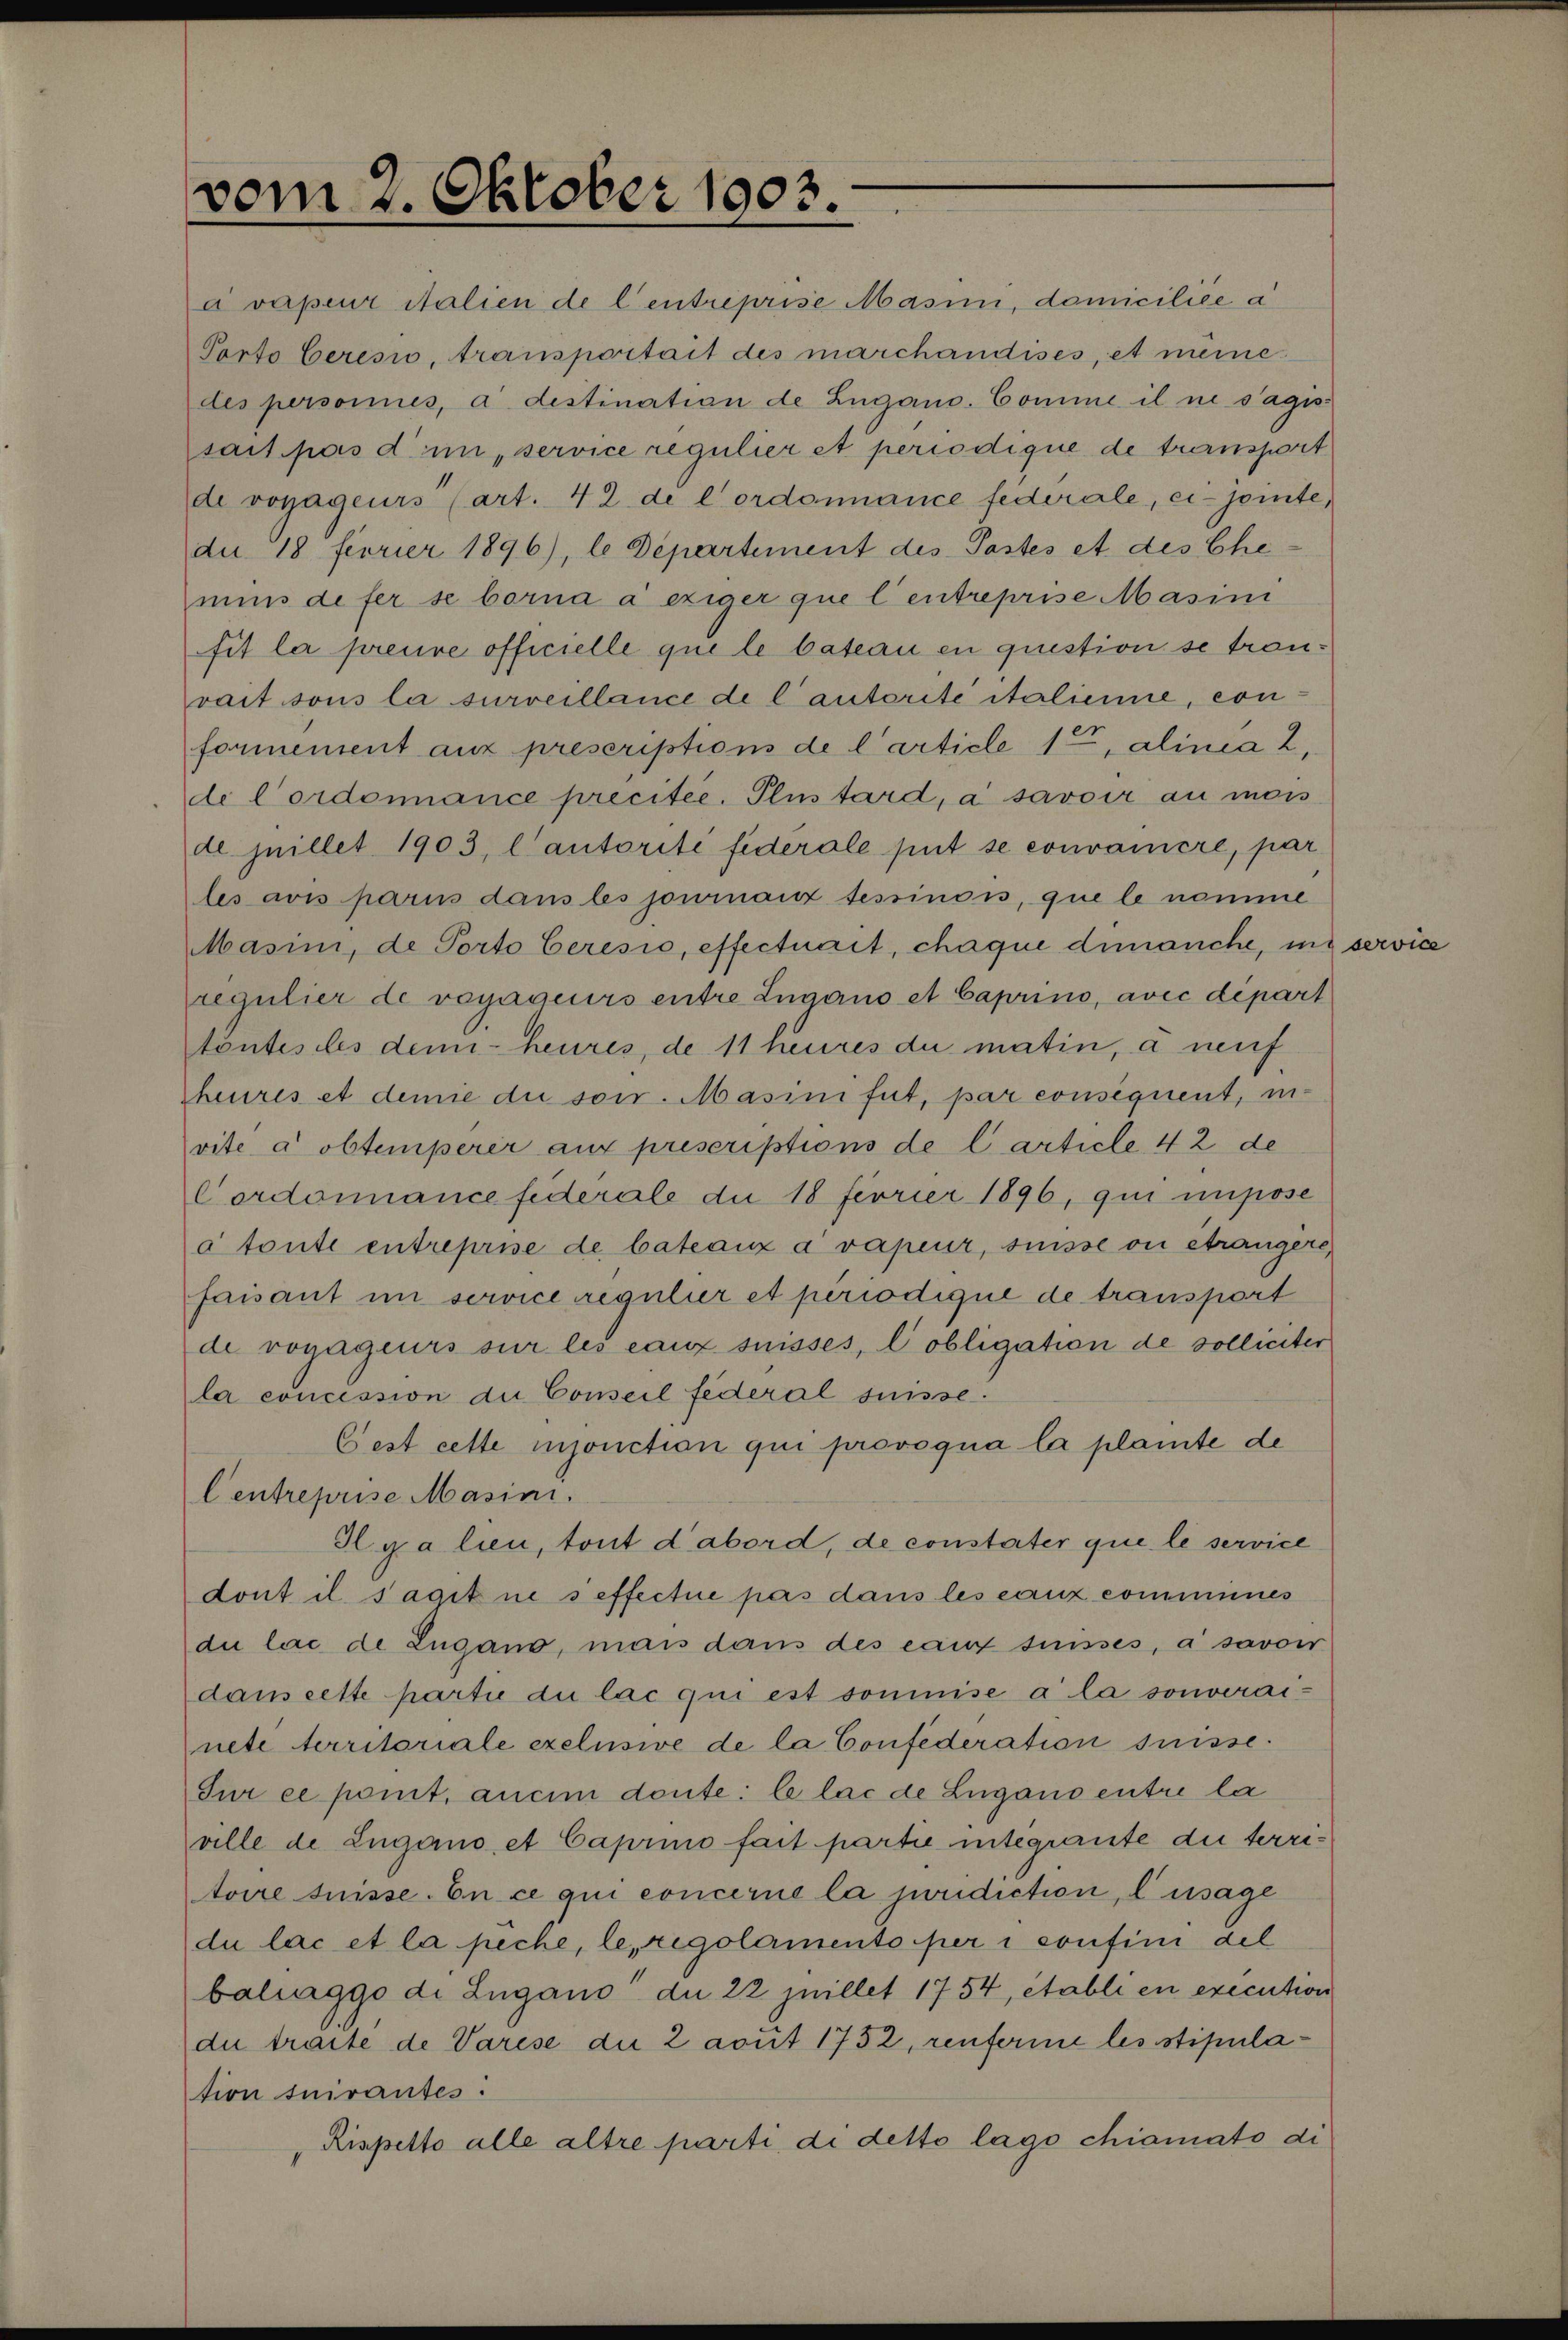
vom 2. Oktober 1903.

avapeur italien de l’entreprise Masini, damiciliée a
Porto beresio, transportait des marchandises, et meine
des personnes, a. destination de Lugano. Comme il ne s’agis
sait pas din, service regulier et periodique de transport
de voyageurs (art. 42 de l’ordonnance federale, ei-jointe,
du 18 feorier 1896), le Departement des Pastes et des Ehe-
mins de fer se borna a exiger que l’entreprise Masini
fit la preure officielle que le bateau en question se tranrait sous la surveillance de l’autorité italienne, conformensent aux prescriptions de Carticle 15, alinea 2.
de Cordonnance precitée. Plus tard, a savoir au mois
de juillet 1903, lautorité fiderale gut se convamiere, par
les avis paris dans les jouinanz tessinois, que le nomme
Masini, de Porto beresio, effectuait, chaque dimanche, in
regulier de vegageurs entre Lugano et Caprino, avec depart
töntes des dem heures, de 11 heures du matin, d neuf
heures et demie die sor. Masinifut, par consequent, invite a obtemperer aux prescriptions de l’article 42 de
Cordonnance fidérale du 18 feorier 1896, qui impose
à toute entreprise de bateaux avapeur, suisse ou étrangers,
faisant im service regulier et periodique de transport
de vogageurs sur les eaux suisses, lobligation de solliciter
la concession du Conseil federal suisse.
Gest cette injonction qui provoqua la plante de
Centreprise Masini.
Il y a lieu, tout d’abord, de constater que le service
dont il s’agit ne seffectue pas dans les canz commines
du las de Zugano, mais dans des eaut suisses, à savoir
dans cette partie du lac qui est soumise a la souverainete territoriale exelusive de la Confederation suisse.
Sur ce pomt, ancim deute: le lac de Lugano entre la
ville de Lugano, et Caprino fait partie intégrante die territoire suisse. En ce qui concerne la juridiction, l’usage
du lac et la peche, le regolamento per i confini del
baliaggo di Lugano du 22 Juillet 1754, établi en execution
due traite de Varese die 2 avut 1752, renferie les stipulation suirantes:
Rispetto alle altre parti di detto lage chiamato di

service